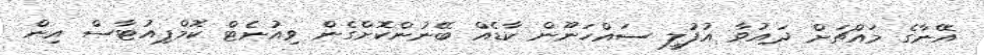
އޭނާގެ މައްޗަށް ދައުވާ އުފުލީ ސައްހަނޫން ކާޑެއް ބޭނުންކޮށްގެން ވިއުނެޓް ކޮމްޕިއުޓާސް އިން